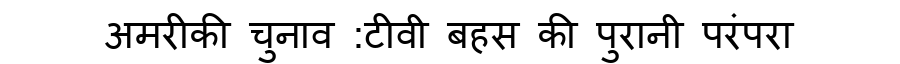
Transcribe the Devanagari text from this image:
अमरीकी चुनाव :टीवी बहस की पुरानी परंपरा